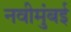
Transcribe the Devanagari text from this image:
नवीमुंबई